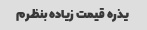
یذره قیمت زیاده بنظرم